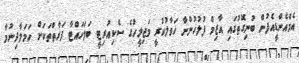
އެމްއެންޑީއެފުން ބުނިގޮތުގައި އާޒިމް ފުލުހުންނާ ހަވާލުކުރީ މަޖިލީހުގެ ސެކިއުރިޓީ ބަލަހައްޓާ ފަރާތްތަކަށް ހަމަލާދިނުމާ